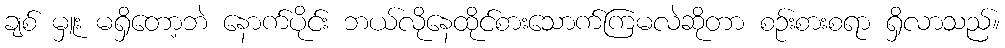
ချစ် မှူး မရှိတော့ဘဲ နောက်ပိုင်း ဘယ်လိုနေထိုင်စားသောက်ကြမလဲဆိုတာ စဉ်းစားစရာ ရှိလာသည်။